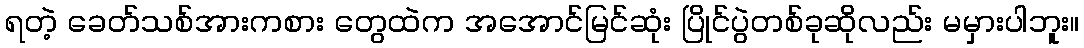
ရတဲ့ ခေတ်သစ်အားကစား တွေထဲက အအောင်မြင်ဆုံး ပြိုင်ပွဲတစ်ခုဆိုလည်း မမှားပါဘူး။